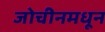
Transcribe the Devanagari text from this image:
जोचीनमधून